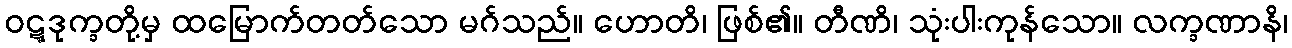
ဝဋ္ဋဒုက္ခတို့မှ ထမြောက်တတ်သော မဂ်သည်။ ဟောတိ၊ ဖြစ်၏။ တီဏိ၊ သုံးပါးကုန်သော။ လက္ခဏာနိ၊